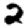
Digit: 2